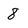
Character: 8